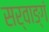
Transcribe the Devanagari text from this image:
सर्वाङ्गं